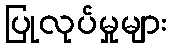
ပြုလုပ်မှုများ